Plague in India, 1896, 1897 - Volume 3
Year: 1896
Disease focus: Plague
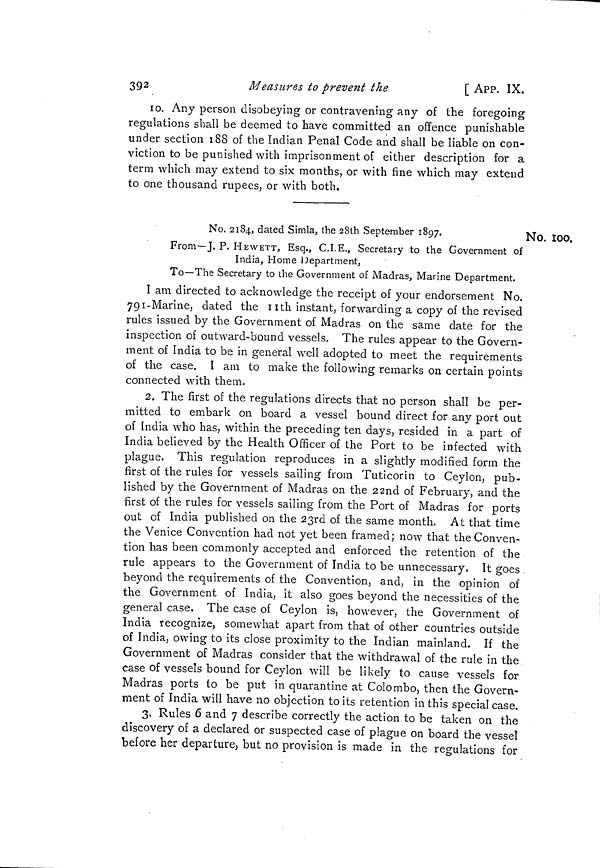
392
Measures to prevent the
[ APP. IX.
10. Any person disobeying or contravening any of the foregoing
regulations shall be deemed to have committed an offence punishable
under section 188 of the Indian Penal Code and shall be liable on con-
viction to be punished with imprisonment of either description for a
term which may extend to six months, or with fine which may extend
to one thousand rupees, or with both.
No. l00.
No. 2184, dated Simla, the 28th September 1897.
From—J. P. HEWETT, Esq., C.I.E., Secretary to the Government of
India, Home Department,
To—The Secretary to the Government of Madras, Marine Department.
I am directed to acknowledge the receipt of your endorsement No.
791-Marine, dated the nth instant, forwarding a copy of the revised
rules issued by the Government of Madras on the same date for the
inspection of outward-bound vessels. The rules appear to the Govern-
ment of India to be in general well adopted to meet the requirements
of the case. I am to make the following remarks on certain points
connected with them.
2. The first of the regulations directs that no person shall be per-
mitted to embark on board a vessel bound direct for any port out
of India who has, within the preceding ten days, resided in a part of
India believed by the Health Officer of the Port to be infected with
plague. This regulation reproduces in a slightly modified form the
first of the rules for vessels sailing from Tuticorin to Ceylon, pub-
lished by the Government of Madras on the 22nd of February, and the
first of the rules for vessels sailing from the Port of Madras for ports
out of India published on the 23rd of the same month. At that time
the Venice Convention had not yet been framed; now that the Conven-
tion has been commonly accepted and enforced the retention of the
rule appears to the Government of India to be unnecessary. It goes
beyond the requirements of the Convention, and, in the opinion of
the Government of India, it also goes beyond the necessities of the
general case. The case of Ceylon is, however, the Government of
India recognize, somewhat apart from that of other countries outside
of India, owing to its close proximity to the Indian mainland. If the
Government of Madras consider that the withdrawal of the rule in the
case of vessels bound for Ceylon will be likely to cause vessels for
Madras ports to be put in quarantine at Colombo, then the Govern-
ment of India will have no objection to its retention in this special case.
3. Rules 6 and 7 describe correctly the action to be taken on the
discovery of a declared or suspected case of plague on board the vessel
before her departure, but no provision is made in the regulations for